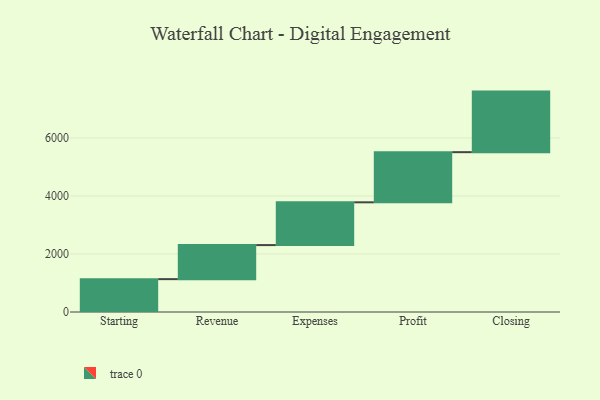
{"axis": {"x": "Step", "y": "Value"}, "legend": [""], "data": [{"x": "Starting", "y": 1133.0, "type": ""}, {"x": "Revenue", "y": 1174.0, "type": ""}, {"x": "Expenses", "y": 1475.0, "type": ""}, {"x": "Profit", "y": 1729.0, "type": ""}, {"x": "Closing", "y": 2088.0, "type": ""}]}